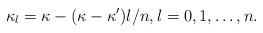
LaTeX: \begin{align*} \kappa_l = \kappa - (\kappa - \kappa')l /n, l=0, 1, \dots ,n.\end{align*}